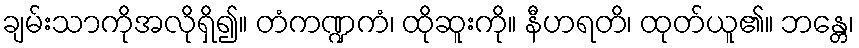
ချမ်းသာကိုအလိုရှိ၍။ တံကဏ္ဍကံ၊ ထိုဆူးကို။ နီဟရတိ၊ ထုတ်ယူ၏။ ဘန္တေ၊